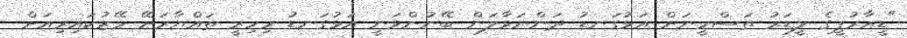
"ޑީއާރުޕީގެ ލީޑަރު ތަސްމީނަށް އަޅުގަނޑު ދަންނަވާލަން ބޭނުންވަނީ އަޅުގަނޑު މިހިރީ ތައްޔާރަށޭ މޭޒުކައިރިއަށް